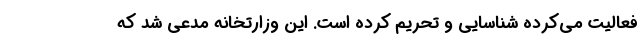
فعالیت می‌کرده شناسایی و تحریم کرده است. این وزارتخانه مدعی شد که